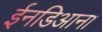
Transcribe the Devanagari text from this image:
ईनडिआना